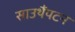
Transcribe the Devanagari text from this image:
साउथैंपटन